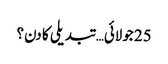
25 جولائی… تبدیلی کا دن؟